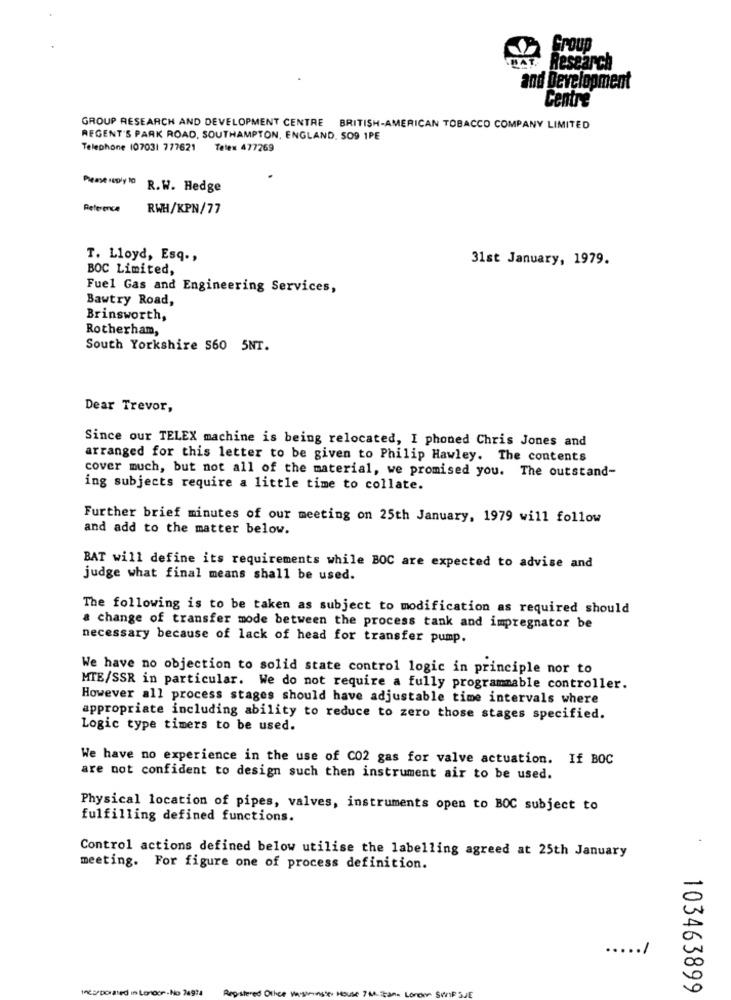
Group
HAT
Research
and Development
Centre
GROUP RESEARCH AND DEVELOPMENT CENTRE
BRITISH-AMERICAN TOBACCO COMPANY LIMITED
REGENT'S PARK ROAD, SOUTHAMPTON, ENGLAND, SO9 1PE
Telephone 107031 777621 Telex 477269
R.W. Hedge
Reference
RWH/KPN/77
T. Lloyd, Esq .,
31st January, 1979.
BOC Limited,
Fuel Gas and Engineering Services,
Bawtry Road,
Brinsworth,
Rotherham,
South Yorkshire S60 5NT.
Dear Trevor,
Since our TELEX machine is being relocated, I phoned Chris Jones and
arranged for this letter to be given to Philip Hawley. The contents
cover much, but not all of the material, we promised you. The outstand-
ing subjects require a little time to collate.
Further brief minutes of our meeting on 25th January, 1979 will follow
and add to the matter below.
BAT will define its requirements while BOC are expected to advise and
judge what final means shall be used.
The following is to be taken as subject to modification as required should
a change of transfer mode between the process tank and impregnator be
necessary because of lack of head for transfer pump.
We have no objection to solid state control logic in principle nor to
MTE/SSR in particular. We do not require a fully programmable controller.
However all process stages should have adjustable time intervals where
appropriate including ability to reduce to zero those stages specified.
Logic type timers to be used.
We have no experience in the use of CO2 gas for valve actuation. If BOC
are not confident to design such then instrument air to be used.
Physical location of pipes, valves, instruments open to BOC subject to
fulfilling defined functions.
Control actions defined below utilise the labelling agreed at 25th January
meeting. For figure one of process definition.
..
.. /
incorporated in London-No 24974
nste House 7A Zane
103463899
Registered Office Maison